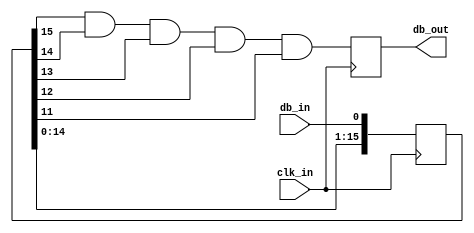
module debounce_ms(
  input wire clk_in,
  input wire db_in,

  output reg db_out
);

reg [15:0] db_shift;

always @(posedge clk_in) begin
  db_shift <= {db_shift[14:0],db_in};
  db_out <= db_shift[15] & db_shift[14] & db_shift[13] & db_shift[12] & db_shift[11]; 
end

endmodule